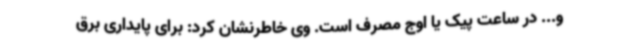
و... در ساعت پیک یا اوج مصرف است. وی خاطرنشان کرد: برای پایداری برق